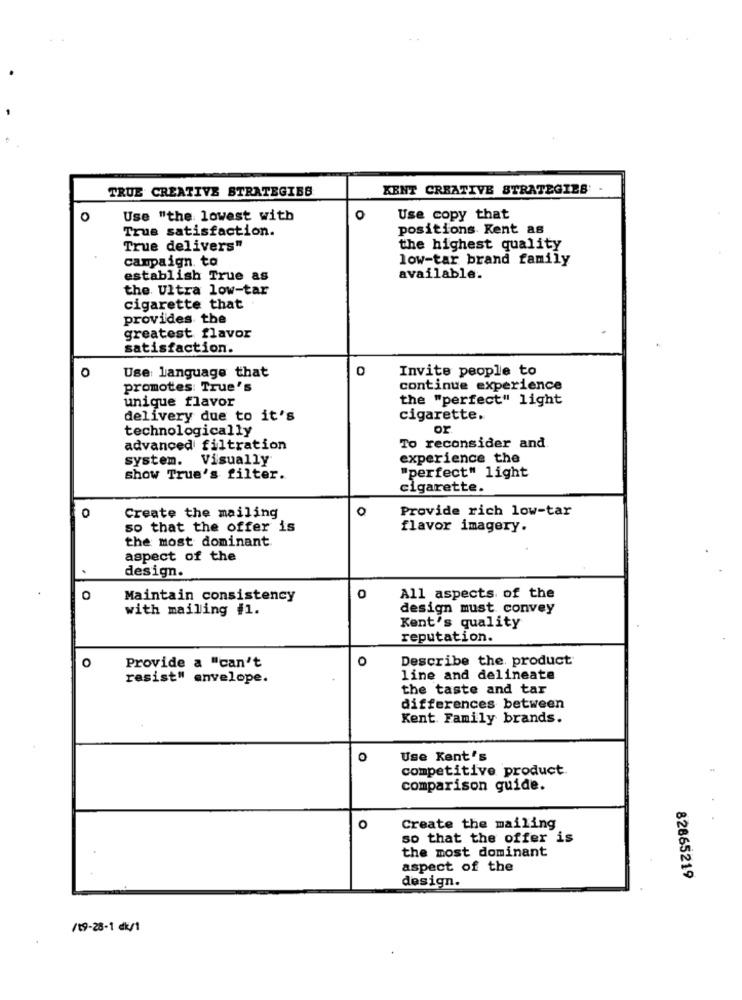
TRUE CREATIVE STRATEGIES
KENT CREATIVE STRATEGIES
O
Use "the lowest with
O
Use copy that
True satisfaction.
positions Kent as
True delivers"
the highest quality
campaign. to
low-tar brand family
establish True as
available.
the Ultra low-tar
cigarette that
provides the
greatest flavor
satisfaction.
Use: language that
Invite people to
0
promotes: True's
continue experience
unique flavor
the "perfect" light
delivery due to it's
cigarette.
technologically
or
advanced filtration
To reconsider and.
system.
Visually
experience the
show True's filter.
"perfect" light
cigarette.
0
O
Provide rich low-tar
Create the mailing
so that the offer is
flavor imagery.
the most dominant
aspect of the
design.
Maintain consistency
0
All aspects of the
with mailing #1.
design must convey
Kent's quality
reputation.
O
o
Describe the. product
Provide a "can't
resist" envelope.
line and delineate
the taste and tar
differences between
Kent Family brands.
o
Use Kent's
competitive product.
comparison guide.
O
Create the mailing
so that the offer is
the most dominant
aspect of the
design.
82865219
/19-28-1 dk/1